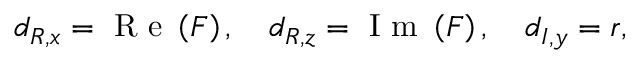
d _ { R , x } = \mathrm { ~ R ~ e ~ } \left( F \right) , \quad d _ { R , z } = \mathrm { ~ I ~ m ~ } \left( F \right) , \quad d _ { I , y } = r ,